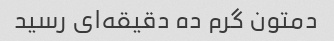
دمتون گرم ده دقیقه‌ای رسید